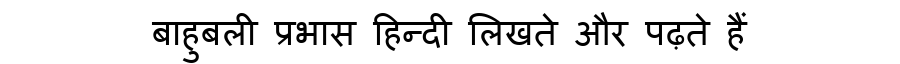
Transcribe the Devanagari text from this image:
बाहुबली प्रभास हिन्दी लिखते और पढ़ते हैं